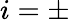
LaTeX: i=\pm